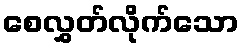
စေလွှတ်လိုက်သော